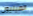
الصينيون